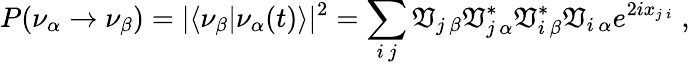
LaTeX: P(\nu_{\alpha}\rightarrow\nu_{\beta})=|\langle\nu_{\beta}|\nu_{\alpha}(t)\rangle|^{2}=\sum_{i\, j}\mathfrak{V}_{j\, \beta}\mathfrak{V}_{j\, \alpha}^{*}\mathfrak{V}_{i\, \beta}^{*}\mathfrak{V}_{i\, \alpha}e^{2ix_{j\, i}}\; ,